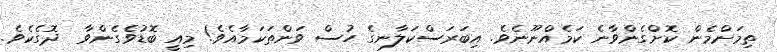
ތިމަންމެން ކޮށްގެންވާނެ ކަމެއްނޫނެވެ. އިބަރަސްކަލާނގެ ހުސް ވަންތަކަމާއެވެ! މިއީ ބޮޑުވެގެންވާ  ދޮގެކެވެ.